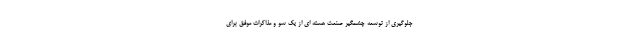
جلوگیری از توسعه چشمگیر صنعت هسته ای از یک سو و مذاکرات موفق برای